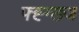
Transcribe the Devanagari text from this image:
फ्ह्ग्ख्ज